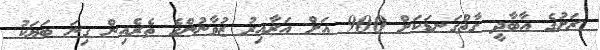
ރަށުގެ އާބާދީ ގާތްގަނޑަކަށް 900 އަށް އަރާއިރު ޒުވާނުންގެ ތެރެއިން ގިނަ ބަޔަކު